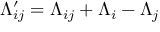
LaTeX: \Lambda _ { i j } ^ { \prime } = \Lambda _ { i j } + \Lambda _ { i } - \Lambda _ { j }